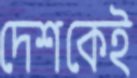
দেশকেই